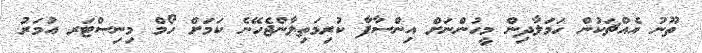
ތޫނު އެއްޗަކުން ހަމަލާދިން މީހުންނަށް އިންސާފާ ކުރިމަތިލާންޖެހޭނެ ކަމަށް ހޯމް މިނިސްޓަރ އުމަރު